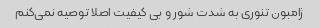
ژامبون تنوری به شدت شور و بی کیفیت اصلا توصیه نمی‌کنم